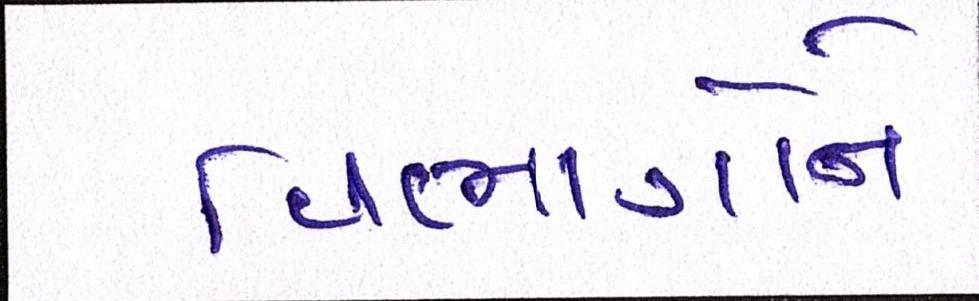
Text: વિભાગોને